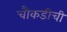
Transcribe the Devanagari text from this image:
चौकडीची